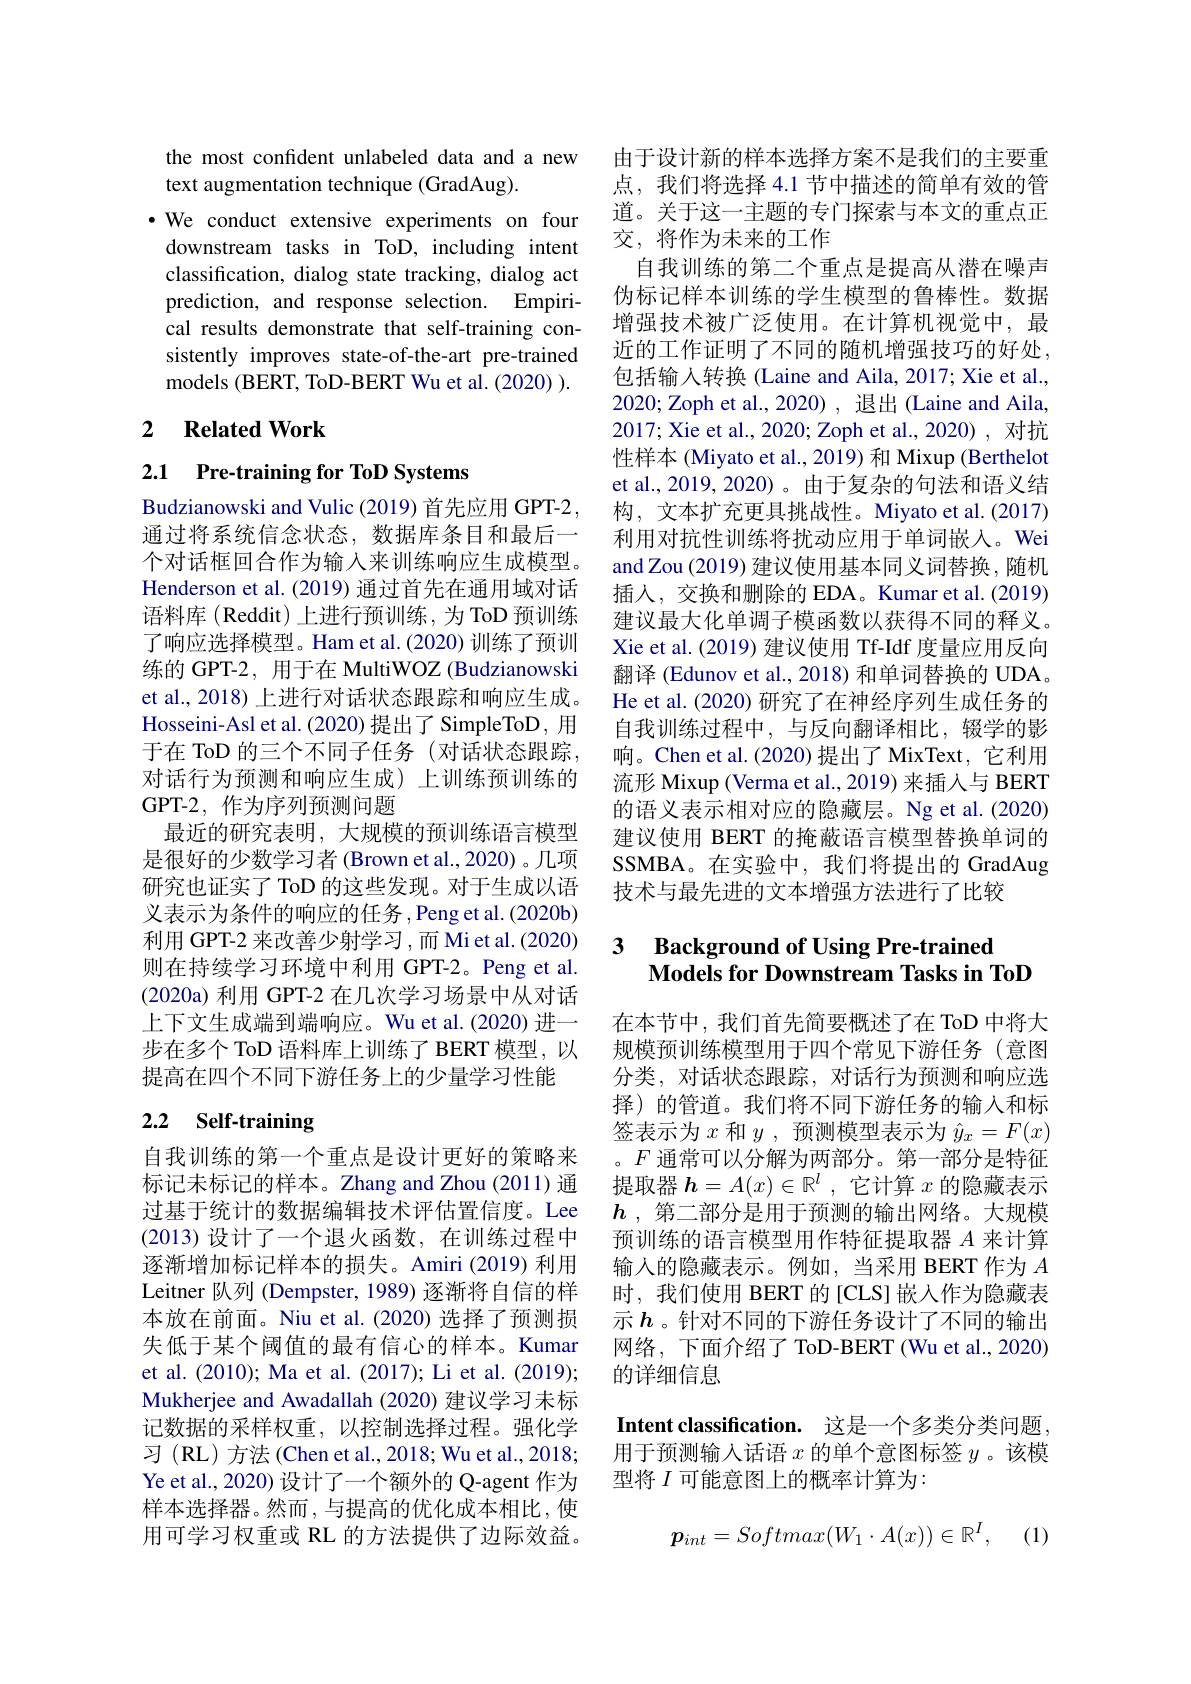
the most confident unlabeled data and a new
text augmentation technique (GradAug).
·We conduct extensive experiments on four
downstream tasks in ToD, including intent classification, dialog state tracking, dialog act prediction, and response selection. Empirical results demonstrate that self-training consistently improves state-of-the-art pre-trained models (BERT, ToD-BERT Wu et al. (2020) ).

## 2 $\textbf{Related Work}$

2.1 Pre-training for ToD Systems

Budzianowski and Vulic (2019) 首先应用 GPT-2, 通过将系统信念状态，数据库条目和最后一个对话框回合作为输入来训练响应生成模型。Henderson et al. (2019) 通过首先在通用域对话语料库(Reddit)上进行预训练，为 ToD 预训练了响应选择模型。Ham et al.(2020) 训练了预训练的 GPT-2, 用于在 MultiWOZ (Budzianowski et al., 2018) 上进行对话状态跟踪和响应生成。Hosseini-Asl et al.(2020) 提出了 SimpleToD, 用于在 ToD 的三个不同子任务 (对话状态跟踪， 对话行为预测和响应生成)上训练预训练的GPT-2, 作为序列预测问题
最近的研究表明，大规模的预训练语言模型是很好的少数学习者 (Brown et al.,2020)。几项研究也证实了 ToD 的这些发现。对于生成以语义表示为条件的响应的任务，Peng et al.(2020b) ${\text{利用 GPT-2 来改善少射学习},\text{而 Miet al.(2020)}}$ 则在持续学习环境中利用 GPT-2。Peng et al. (2020a) 利用 GPT-2 在几次学习场景中从对话上下文生成端到端响应。Wu et al.(2020) 进一步在多个 ToD 语料库上训练了 BERT 模型，以提高在四个不同下游任务上的少量学习性能

# 2.2 Self-training

自我训练的第一个重点是设计更好的策略来标记未标记的样本。Zhang and Zhou (2011) 通过基于统计的数据编辑技术评估置信度。Lee (2013)设计了一个退火函数，在训练过程中逐渐增加标记样本的损失。Amiri (2019) 利用Leitner 队列 (Dempster, 1989) 逐渐将自信的样本放在前面。Niu et al.(2020)选择了预测损失低于某个阈值的最有信心的样本。Kumar et al. (2010); Ma et al. (2017); Li et al. (2019); Mukherjee and Awadallah (2020) 建议学习未标记数据的采样权重，以控制选择过程。强化学习(RL)方法(Chen et al., 2018; Wu et al., 2018; Ye et al., 2020) 设计了一个额外的 Q-agent 作为样本选择器。然而，与提高的优化成本相比，使用可学习权重或 RL 的方法提供了边际效益。

由于设计新的样本选择方案不是我们的主要重点，我们将选择 4.1 节中描述的简单有效的管道。关于这一主题的专门探索与本文的重点正交，将作为未来的工作
自我训练的第二个重点是提高从潜在噪声伪标记样本训练的学生模型的鲁棒性。数据增强技术被广泛使用。在计算机视觉中，最近的工作证明了不同的随机增强技巧的好处， 包括输入转换 (Laine and Aila, 2017; Xie et al., 2020; Zoph et al., 2020) , 退出 (Laine and Aila, 2017; Xie et al., 2020; Zoph et al., 2020), 对抗性样本 (Miyato et al., 2019) 和 Mixup (Berthelot et al., 2019, 2020)。由于复杂的句法和语义结构，文本扩充更具挑战性。Miyato et al.(2017) 利用对抗性训练将扰动应用于单词嵌入。Wei and Zou (2019)建议使用基本同义词替换，随机插人，交换和删除的 EDA。Kumar et al.(2019) 建议最大化单调子模函数以获得不同的释义。Xie et al. (2019) 建议使用 Tf-Idf 度量应用反向翻译 (Edunov et al., 2018) 和单词替换的 UDA。He et al. (2020) 研究了在神经序列生成任务的自我训练过程中，与反向翻译相比，辍学的影响。Chen et al.(2020) 提出了 MixText, 它利用流形 Mixup (Verma et al., 2019) 来插入与 BERT 的语义表示相对应的隐藏层。Ng et al.(2020) 建议使用 BERT 的掩蔽语言模型替换单词的SSMBA。在实验中，我们将提出的 GradAug 技术与最先进的文本增强方法进行了比较

### 3 $\textbf{Background of Using Pre- trained}$ Models for Downstream Tasks in ToD

在本节中，我们首先简要概述了在 ToD 中将大规模预训练模型用于四个常见下游任务(意图分类，对话状态跟踪，对话行为预测和响应选择) 的管道。我们将不同下游任务的输入和标签表示为$x$和$y$ ,预测模型表示为$\hat{y}_x=F(x)$ 。$F$通常可以分解为两部分。第一部分是特征提取器$h=A(x)\in\mathbb{R}^l$,它计算$x$的隐藏表示$h$ ,第二部分是用于预测的输出网络。大规模预训练的语言模型用作特征提取器$A$来计算输入的隐藏表示。例如，当采用 BERT 作为$A$ 时，我们使用 BERT 的[CLS] 嵌人作为隐藏表示$h$ 。针对不同的下游任务设计了不同的输出网络，下面介绍了 ToD-BERT (Wu et al., 2020) 的详细信息

Intent classification. 这是一个多类分类问题， 用于预测输入话语$x$的单个意图标签$y$。该模型将$I$可能意图上的概率计算为：

(1)
$$\boldsymbol{p}_{int}=Softmax(W_1\cdot A(x))\in\mathbb{R}^I,$$